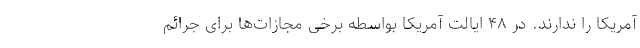
آمریکا را ندارند. در ۴۸ ایالت آمریکا بواسطه برخی مجازات‌ها برای جرائم